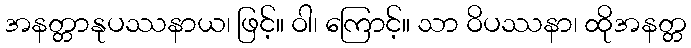
အနတ္တာနုပဿနာယ၊ ဖြင့်။ ဝါ၊ ကြောင့်။ သာ ဝိပဿနာ၊ ထိုအနတ္တ